Annual report of the Punjab Veterinary College and of the Civil Veterinary Department, Punjab - 1894-1908
Year: 1894
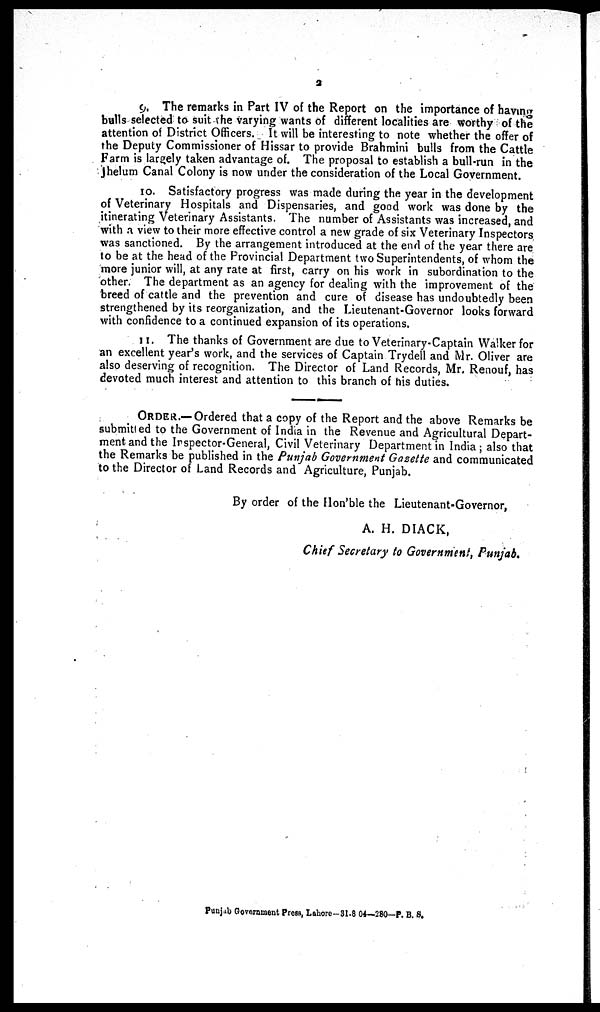
3
9. The remarks in Part IV of the Report on the importance of having
bulls selected to suit the varying wants of different localities are worthy of the
attention of District Officers. It will be interesting to note whether the offer of
the Deputy Commissioner of Hissar to provide Brahmini bulls from the Cattle
Farm is largely taken advantage of. The proposal to establish a bull-run in the
Jhelum Canal Colony is now under the consideration of the Local Government.
10. Satisfactory progress was made during the year in the development
of Veterinary Hospitals and Dispensaries, and good work was done by the
itinerating Veterinary Assistants. The number of Assistants was increased, and
with a view to their more effective control a new grade of six Veterinary Inspectors
was sanctioned. By the arrangement introduced at the end of the year there are
to be at the head of the Provincial Department two Superintendents, of whom the
more junior will, at any rate at first, carry on his work in subordination to the
other. The department as an agency for dealing with the improvement of the
breed of cattle and the prevention and cure of disease has undoubtedly been
strengthened by its reorganization, and the Lieutenant-Governor looks forward
with confidence to a continued expansion of its operations.
11. The thanks of Government are due to Veterinary-Captain Walker for
an excellent year's work, and the services of Captain Trydell and Mr. Oliver are
also deserving of recognition. The Director of Land Records, Mr. Renouf, has
devoted much interest and attention to this branch of his duties.
ORDER.—Ordered that a copy of the Report and the above Remarks be
submitted to the Government of India in the Revenue and Agricultural Depart-
ment and the Inspector-General, Civil Veterinary Department in India; also that
the Remarks be published in the Punjab Government Gazette and communicated
to the Director of Land Records and Agriculture, Punjab.
By order of the Hon'ble the Lieutenant-Governor,
A. H. DIACK,
Chief Secretary to Government, Punjab.
Punjab Government Press, Lahore--31-8 04—280—P. B. S.